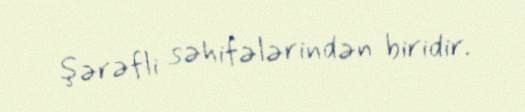
şərəfli səhifələrindən biridir.